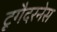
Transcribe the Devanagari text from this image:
टूगैदरनेस